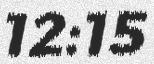
12:15